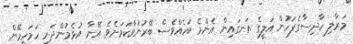
މަރާލި ހާދިސާގެފަހުން އަލީގެ އަނގައިން އެންމެ ބަހެއްވެސް ބޭރުނުވާކަމަށެވެ. އޭނާ އުޅެމުންދަނީ ހަމަހިމޭން